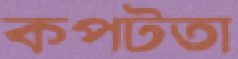
কপটতা